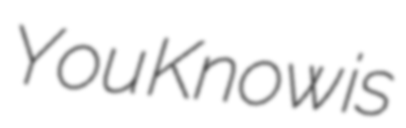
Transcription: You Know is